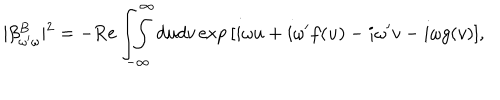
\vert \beta _ { \omega ^ { \prime } \omega } ^ { B } \vert ^ { 2 } = - \mathrm { R e } \int \! \! \! \int _ { - \infty } ^ { \infty } d u d v \, \mathrm { e x p } \, [ i \omega u + i \omega ^ { \prime } f ( u ) - i \omega ^ { \prime } v - i \omega g ( v ) ] ,